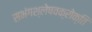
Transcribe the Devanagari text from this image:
सभंगश्लेषवक्रोक्ति